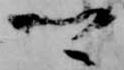
卿